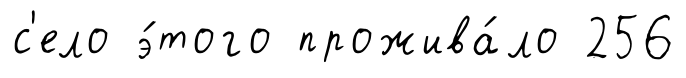
с'ело э́того прожива́ло 256